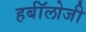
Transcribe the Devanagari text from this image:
हर्बॉलोजी